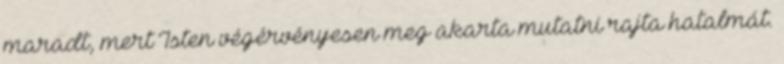
maradt, mert Isten végérvényesen meg akarta mutatni rajta hatalmát.